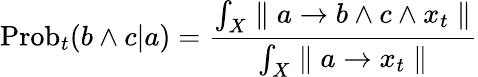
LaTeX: \mathrm{Prob}_{t}(b\wedge c|a)={\frac{\int_{X}\parallel a\rightarrow b\wedge c\wedge x_{t}\parallel}{\int_{X}\parallel a\rightarrow x_{t}\parallel}}